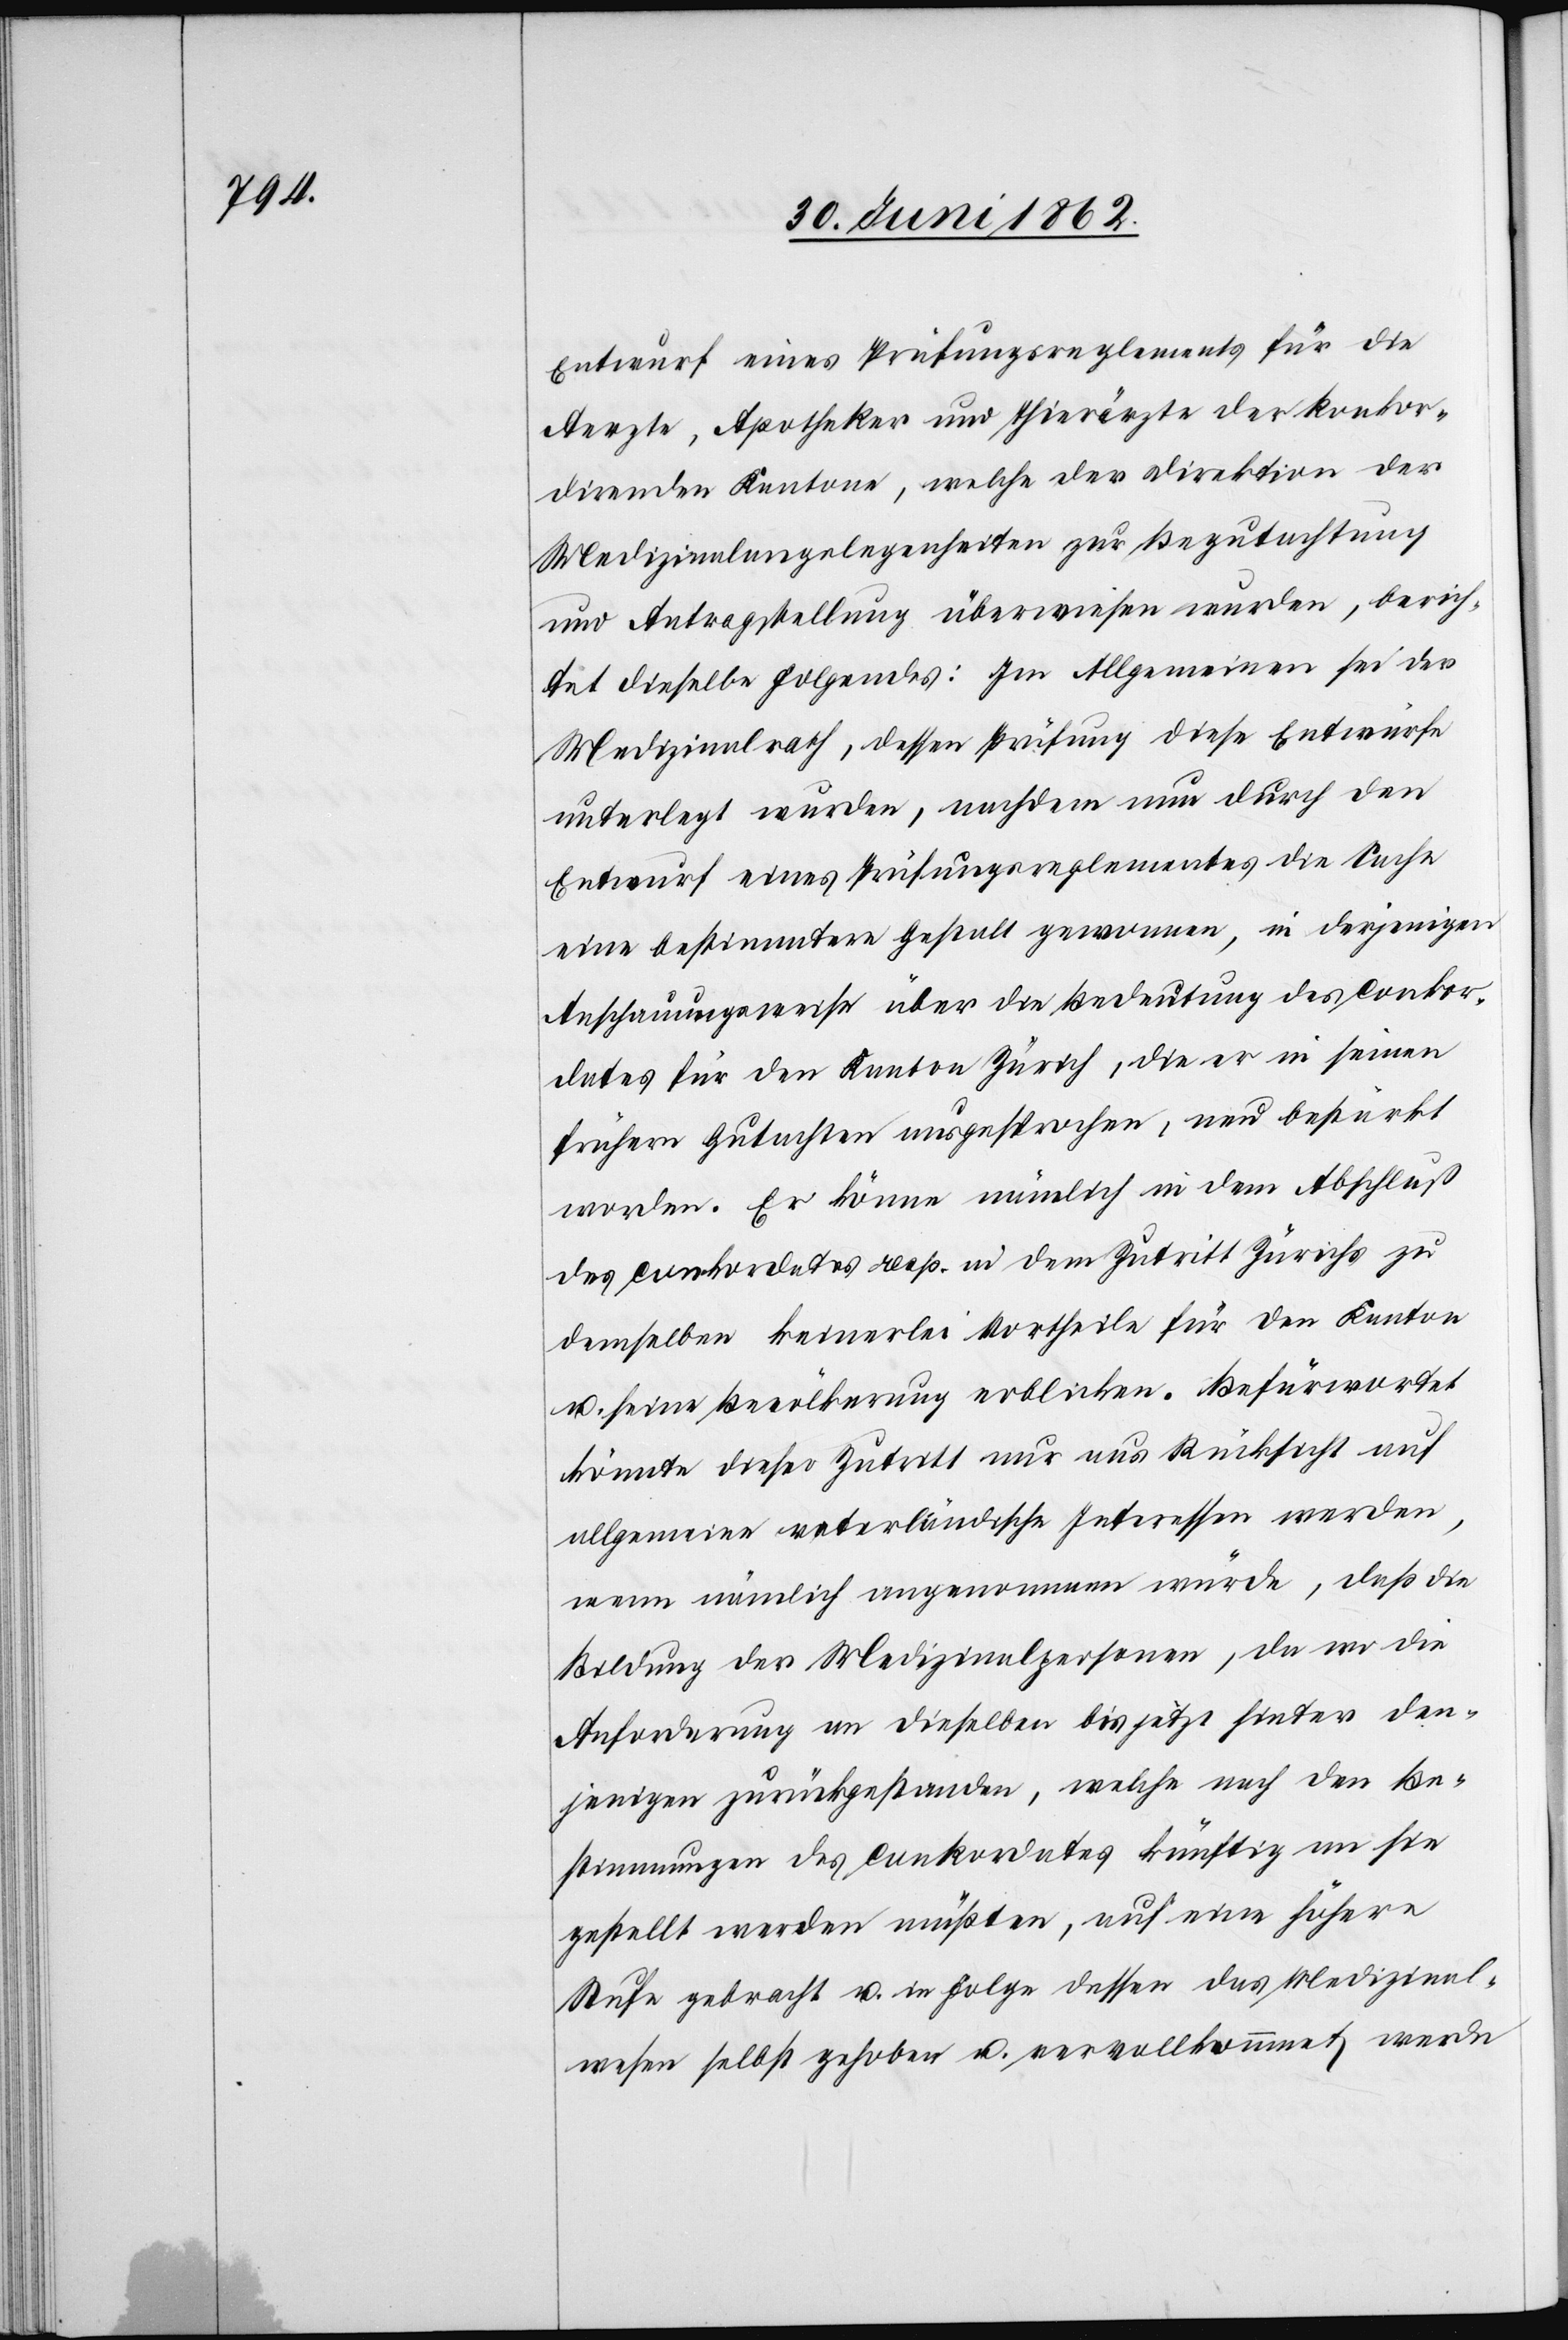
Entwurf eines Prüfungsreglements für die
Aerzte, Apotheker und Thierärzte der konkor¬
direnden Kantone, welche der Direktion der
Medizinalangelegenheiten zur Begutachtung
und Antragstellung überwiesen wurden, berich¬
tet dieselbe Folgendes: Im Allgemeinen sei der
Medizinalrath, dessen Prüfung diese Entwürfe
unterlegt wurden, nachdem nun durch den
Entwurf eines Prüfungsreglementes die Sache
eine bestimmtere Gestalt gewonnen, in derjenigen
Anschauungsweise über die Bedeutung des Conkor¬
dates für den Kanton Zürich, die er in seinen
frühern Gutachten ausgesprochen, neu bestärkt
worden. Er könne nämlich in dem Abschluß
des Conkordates resp. in dem Zutritt Zürichs zu
demselben keinerlei Vortheile für den Kanton
u. seine Bevölkerung erblicken. Befürwortet
könnte dieser Zutritt nur aus Rücksicht auf
allgemeine vaterländische Interessen werden,
wenn nämlich angenommen würde, daß die
Bildung der Medizinalpersonen, da wo die
Anforderung an dieselben bis jetzt hinter den¬
jenigen zurückgestanden, welche nach den Be¬
stimmungen des Conkordates künftig an sie
gestellt werden müßten, auf eine höhere
Stufe gebracht u. in Folge dessen das Medizinal¬
wesen selbst gehoben u. vervollkommet werde